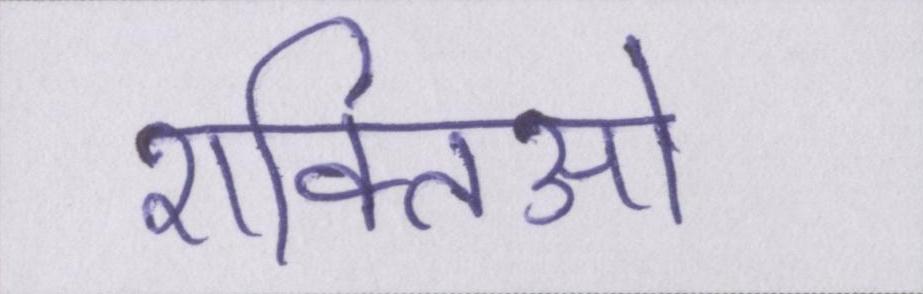
शक्तिओ